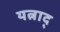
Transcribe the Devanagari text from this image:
यत्नाद्